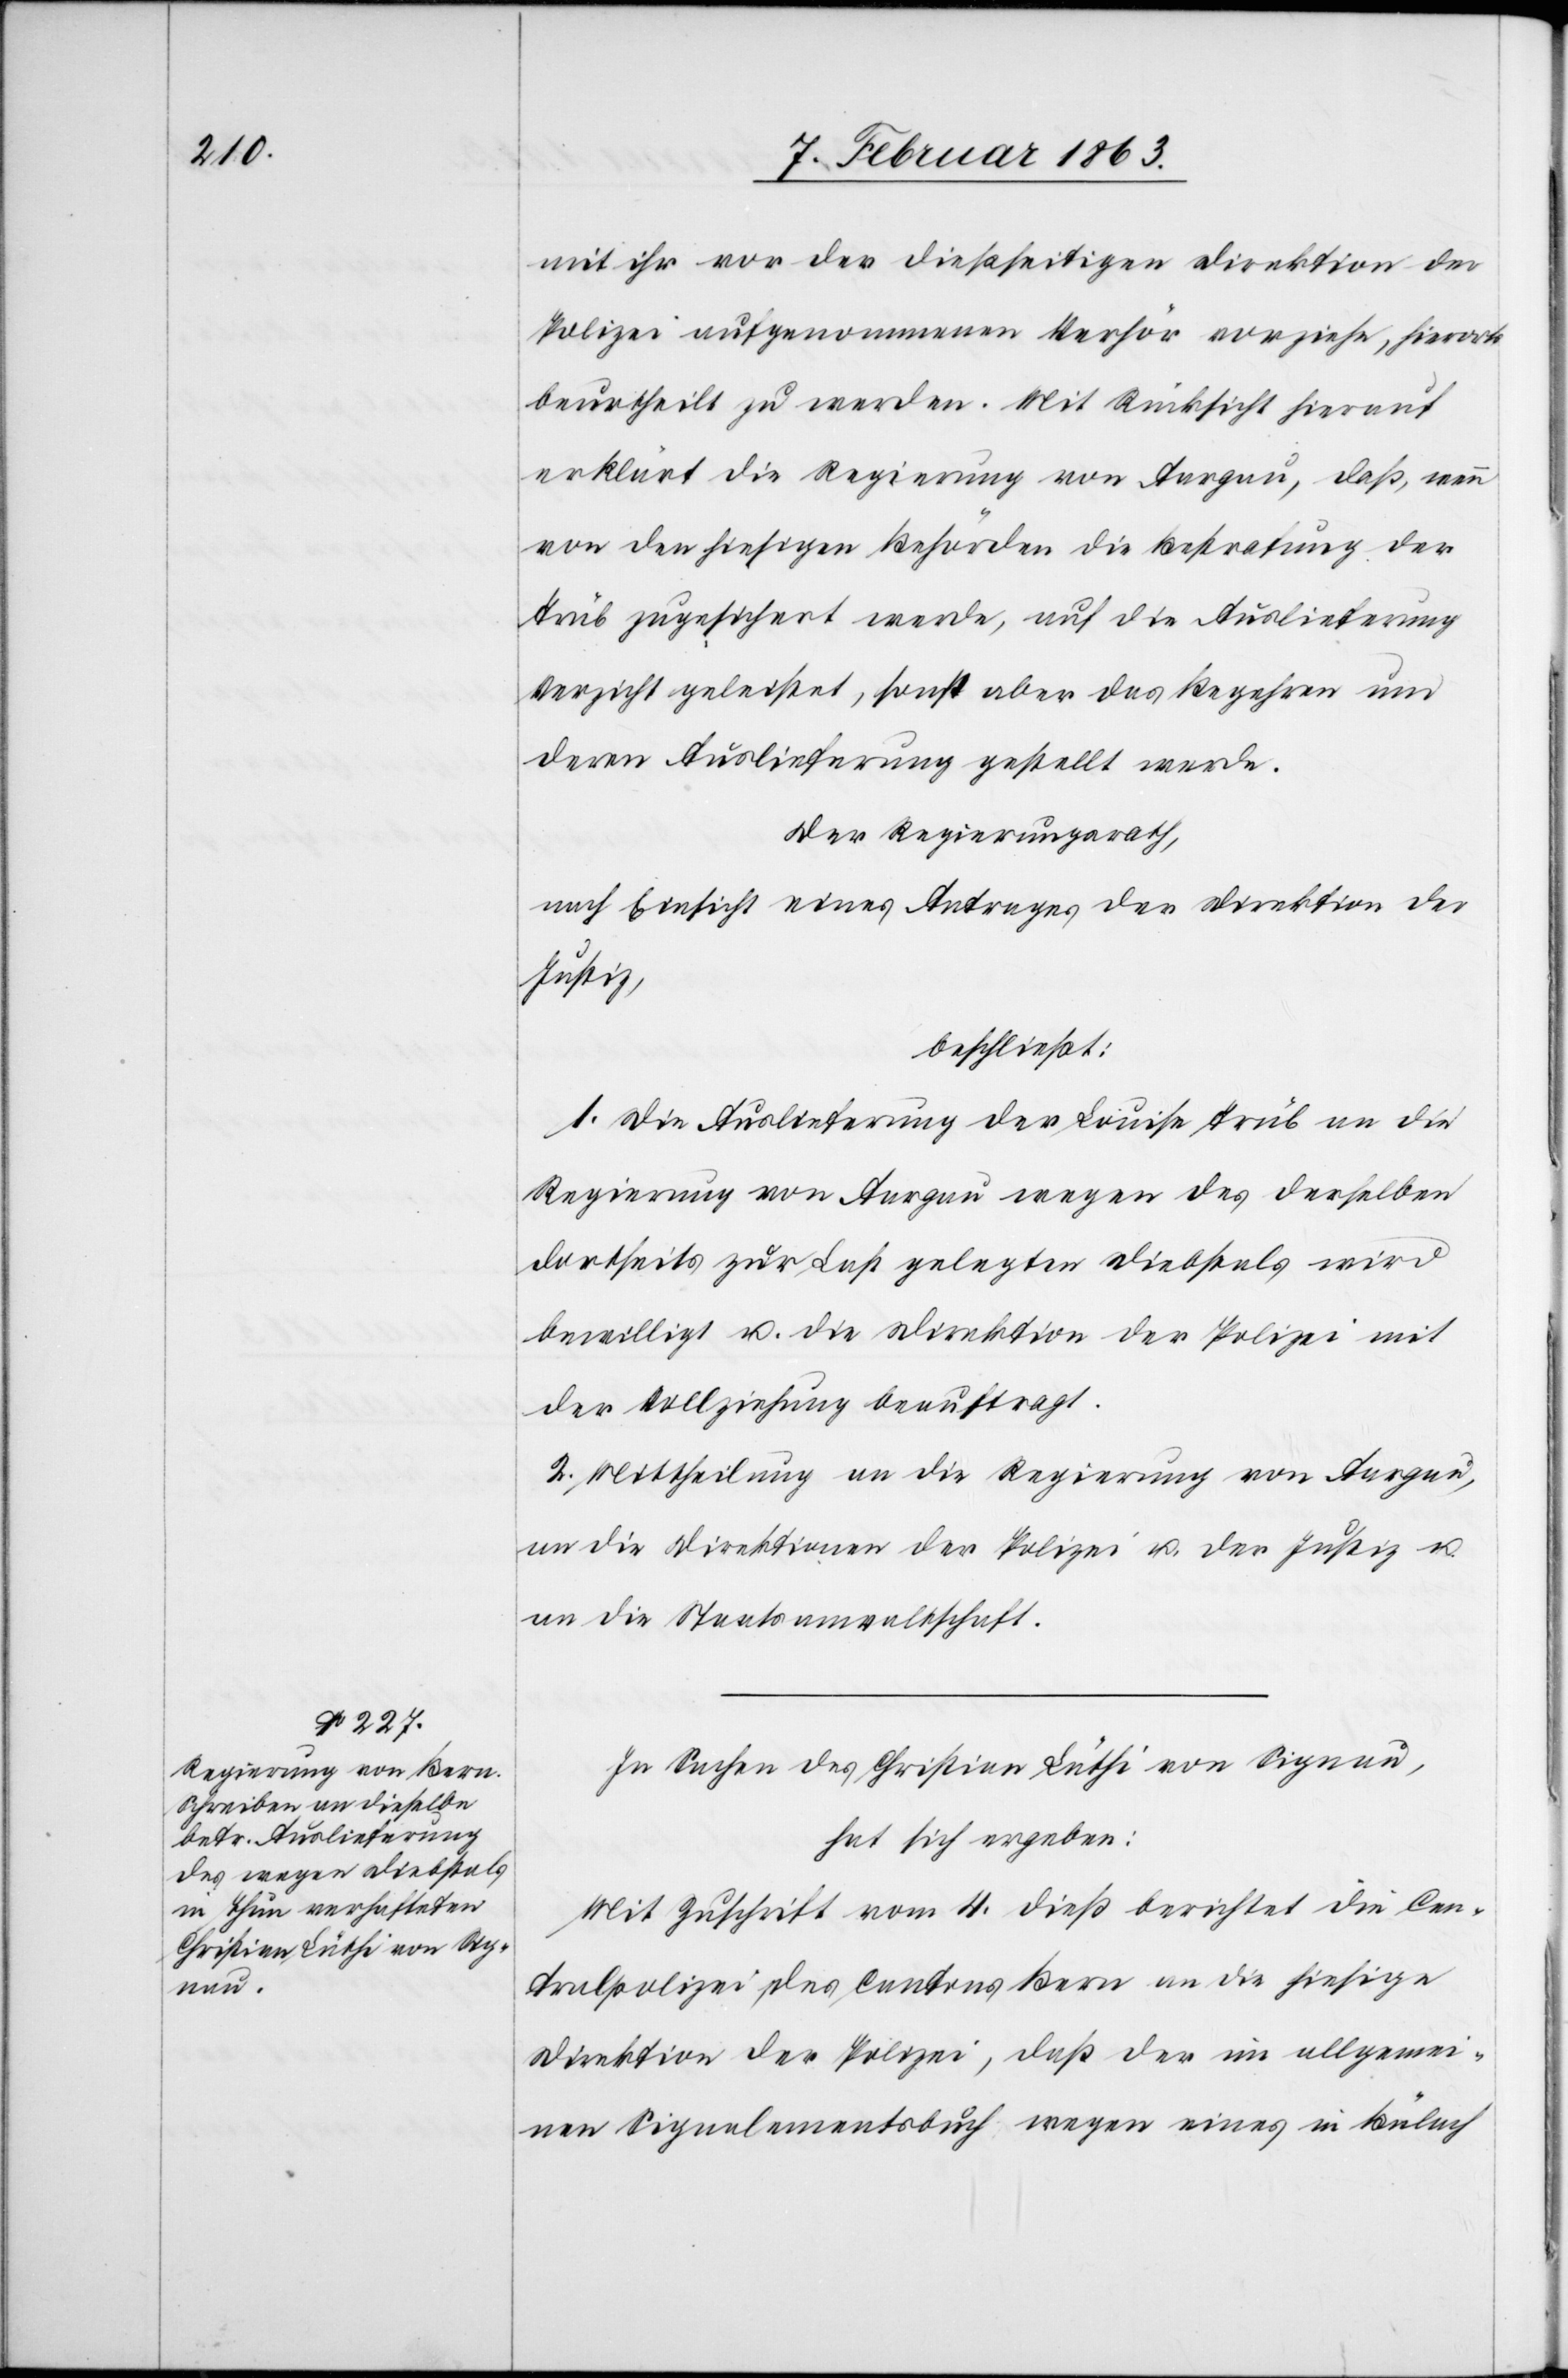
mit ihr vor der dießseitigen Direktion der
Polizei aufgenommenen Verhör vorziehe, hierorts
beurtheilt zu werden. Mit Rücksicht hierauf
erklärt die Regierung von Aargau, daß, wenn
von den hiesigen Behörden die Bestrafung der
Trüb zugesichert werde, auf die Auslieferung
Verzicht geleistet, sonst aber das Begehren und
deren Auslieferung gestellt werde.
Der Regierungsrath,
nach Einsicht eines Antrages der Direktion der
Justiz,
beschließt:
1. Die Auslieferung der Louise Trüb an die
Regierung von Aargau wegen des derselben
dortseits zur Last gelegten Diebstals wird
bewilligt u. die Direktion der Polizei mit
der Vollziehung beauftragt.
2. Mittheilung an die Regierung von Aargau,
an die Direktion der Polizei u. der Justiz u.
an die Staatsanwaltschaft.
In Sachen des Christian Lüthi von Signau,
hat sich ergeben:
Mit Zuschrift vom 4. dieß berichtet die Cen¬
tralpolizei des Cantons Bern an die hiesige
Direktion der Polizei, daß der im allgemei¬
nen Signalementsbuch wegen eines in Bülach